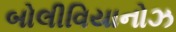
બોલીવિયાનોઝ